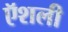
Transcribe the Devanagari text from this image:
ऍशली